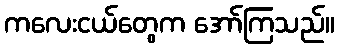
ကလေးငယ်တွေက အော်ကြသည်။